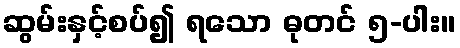
ဆွမ်းနှင့်စပ်၍ ရသော ဓုတင် ၅-ပါး။